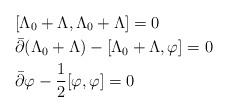
LaTeX: \begin{align*}&[\Lambda_0+\Lambda,\Lambda_0+\Lambda]=0 \\&\bar{\partial} (\Lambda_0+\Lambda)-[\Lambda_0+\Lambda,\varphi]=0\\&\bar{\partial}\varphi-\frac{1}{2}[\varphi,\varphi]=0\end{align*}